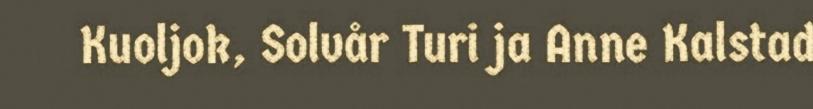
Kuoljok, Solvår Turi ja Anne Kalstad